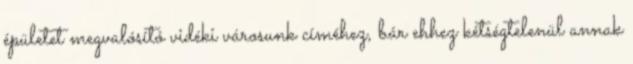
épületet megvalósító vidéki városunk címéhez, bár ehhez kétségtelenül annak